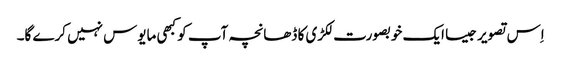
اِس تصویر جیسا ایک خوبصورت لکڑی کا ڈھانچہ آپ کو کبھی مایوس نہیں کرے گا۔